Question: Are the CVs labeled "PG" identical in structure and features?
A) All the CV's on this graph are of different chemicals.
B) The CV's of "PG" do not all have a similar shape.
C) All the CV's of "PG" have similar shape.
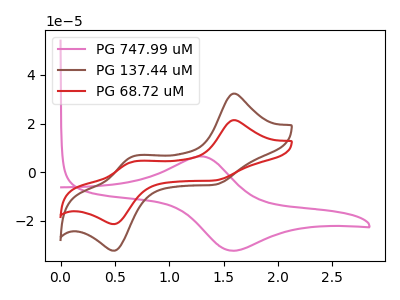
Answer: <think>The pink curve "PG 747.99 uM" has an anodic peak at (1.30V, 6.45uA) and a cathodic peak at (1.60V, -32.40uA). The brown curve "PG 137.44 uM" has anodic peaks at (1.60V, 32.30uA) (0.65V, 6.55uA) and cathodic peaks at (1.40V, -5.25uA) (0.50V, -32.40uA). The red curve "PG 68.72 uM" has anodic peaks at (1.60V, 21.40uA) (0.65V, 4.35uA) and cathodic peaks at (1.40V, -3.45uA) (0.50V, -21.45uA).
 "PG 747.99 uM" and "PG 137.44 uM" have a different number of peaks. "PG 747.99 uM" and "PG 68.72 uM" have a different number of peaks. All the peaks in "PG 137.44 uM" have a peak in "PG 68.72 uM" at the same potential. Every peak in "PG 137.44 uM" is higher than every peak in "PG 68.72 uM".</think>
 <answer>C) All the CV's of "PG" have similar shape.</answer>
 <eval>C</eval>